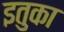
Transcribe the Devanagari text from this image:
इतुका